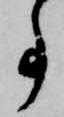
事